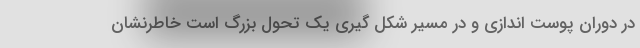
در دوران پوست اندازی و در مسیر شکل گیری یک تحول بزرگ است خاطرنشان